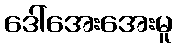
ဒေါ်အေးအေးမူ